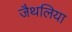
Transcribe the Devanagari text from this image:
जैथलिया